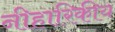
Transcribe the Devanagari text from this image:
नीहारिकीय